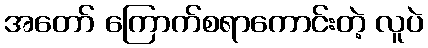
အတော် ကြောက်စရာကောင်းတဲ့ လူပဲ